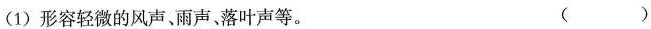
(1)形容轻微的风声、雨声、落叶声等。 ()